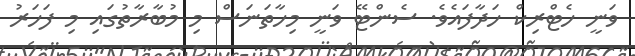
ވަނީ ހެޓްރިކް ހަދާފައެވެ. ސެންޓޭ ވަނީ މިހާތަނަސް މި މުބާރާތުގައި މި ފަހަރު